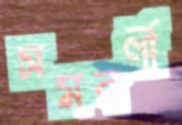
সমবর্ণী